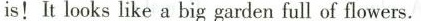
is!It looks like a big garden full of flowers.